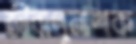
জীবাণুনাশক